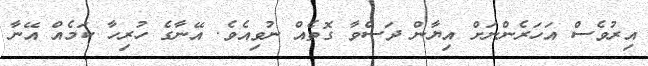
އިރުވެސް އަހަރެންނަށް އިޔާން ދަސްވާ ގޮތެއް ނުވިއެވެ. އޭނާގެ ހުރިހާ ކަމެއް އޭނާ